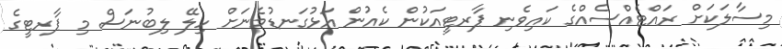
މިސާލަކަށް ރައްޓެއްސެއްގެ ކައިވެނި ޕާރޓީއަކުން ކެއުން އަޅުގަނޑުމެނަށް ހިލޭ ލިބުނަސް މި ޕާރޓީގެ